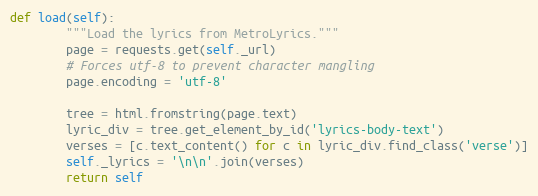
Language: Python
def load(self):
        """Load the lyrics from MetroLyrics."""
        page = requests.get(self._url)
        # Forces utf-8 to prevent character mangling
        page.encoding = 'utf-8'

        tree = html.fromstring(page.text)
        lyric_div = tree.get_element_by_id('lyrics-body-text')
        verses = [c.text_content() for c in lyric_div.find_class('verse')]
        self._lyrics = '\n\n'.join(verses)
        return self